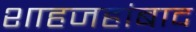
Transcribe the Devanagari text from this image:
शाहजहांबाद